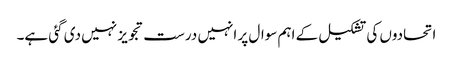
اتحادوں کی تشکیل کے اہم سوال پر انہیں درست تجویز نہیں دی گئی ہے۔